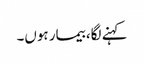
کہنے لگا، بیمار ہوں۔